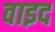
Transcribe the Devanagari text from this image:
वाइद